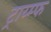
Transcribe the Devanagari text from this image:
ट्राय्म्फ